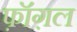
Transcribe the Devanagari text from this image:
फ़ॉग़ल